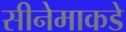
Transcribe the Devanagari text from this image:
सीनेमाकडे